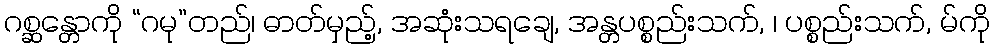
ဂစ္ဆန္တောကို “ဂမု”တည်၊ ဓာတ်မှည့်, အဆုံးသရချေ, အန္တပစ္စည်းသက်, ၊ ပစ္စည်းသက်, မ်ကို